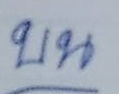
บน